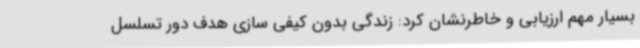
بسیار مهم ارزیابی و خاطرنشان کرد: زندگی بدون کیفی سازی هدف دور تسلسل